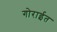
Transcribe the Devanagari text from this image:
गोराईत